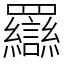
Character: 羉